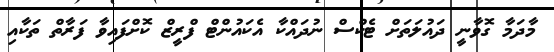
މާދަމާ ގޮވާނީ ދައުލަތަށް ޓެކްސް ނުދައްކާ އެކައުންޓް ފްރީޒް ކޮށްފައިވާ ފަރާތް ތަކާއި